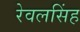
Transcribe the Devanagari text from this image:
रेवलसिंह